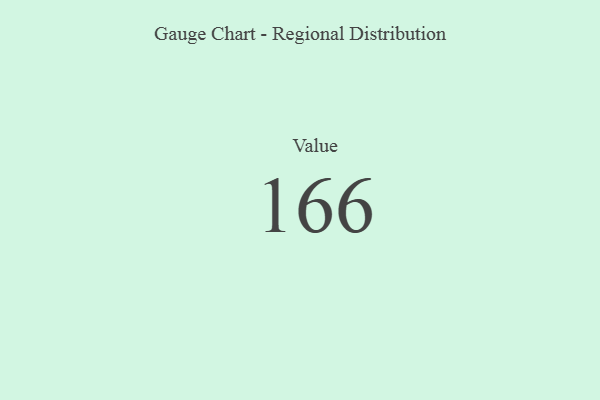
{"axis": {"x": "Metric", "y": "Value"}, "legend": [""], "data": [{"x": "Value", "y": 166, "type": ""}]}